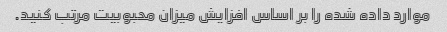
موارد داده شده را بر اساس افزایش میزان محبوبیت مرتب کنید.